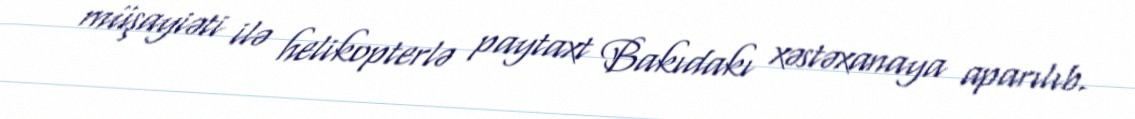
müşayiəti ilə helikopterlə paytaxt Bakıdakı xəstəxanaya aparılıb.